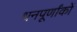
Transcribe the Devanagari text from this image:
धनपूर्णांकों